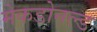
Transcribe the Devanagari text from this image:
मेकडोनल्ड